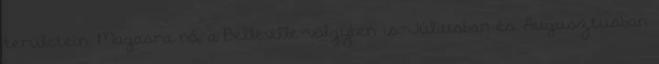
területein. Magasra nő, a Belleville-völgyben is. Júliusban és Augusztusban